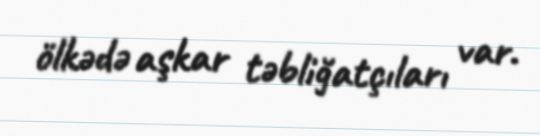
ölkədə aşkar təbliğatçıları var.